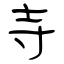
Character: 寺